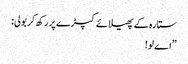
ستارہ کے پھیلائے کپڑے پر رکھ کر بولی:
”اے لو!